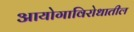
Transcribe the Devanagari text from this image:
आयोगाविरोधातील